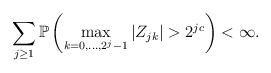
\begin{align*}\sum_{j\geq 1} \mathbb{P}\left( \max_{ k=0,...,2^{j}-1 } |Z_{jk}| > 2^{jc}\right) < \infty.\end{align*}